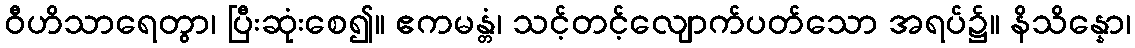
ဝီဟိသာရေတွာ၊ ပြီးဆုံးစေ၍။ ဧကမန္တံ၊ သင့်တင့်လျောက်ပတ်သော အရပ်၌။ နိသိန္နော၊